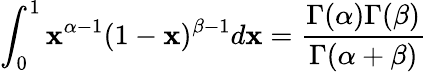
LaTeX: \int_{0}^{1}\mathbf{x}^{\alpha-1}(1-\mathbf{x})^{\beta-1}d\mathbf{x}={\frac{{\Gamma(\alpha)\Gamma(\beta)}}{{\Gamma(\alpha+\beta)}}}